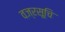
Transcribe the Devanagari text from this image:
वज्रसूचि